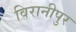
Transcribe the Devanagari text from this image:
विरानीपुर